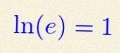
\ln(e)=1